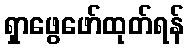
ရှာဖွေဖော်ထုတ်ရန်